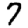
Digit: 7